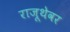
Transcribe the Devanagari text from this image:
राजूथेवर